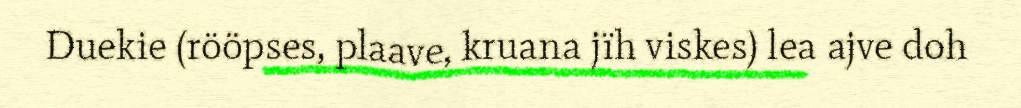
Duekie (rööpses, plaave, kruana jïh viskes) lea ajve doh